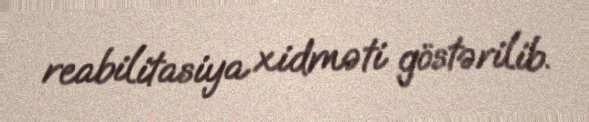
reabilitasiya xidməti göstərilib.